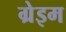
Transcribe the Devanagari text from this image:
ग्रेइम